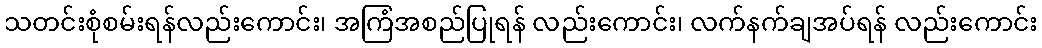
သတင်းစုံစမ်းရန်လည်းကောင်း၊ အကြံအစည်ပြုရန် လည်းကောင်း၊ လက်နက်ချအပ်ရန် လည်းကောင်း